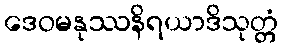
ဒေဝမနုဿနိရယာဒိသုတ္တံ